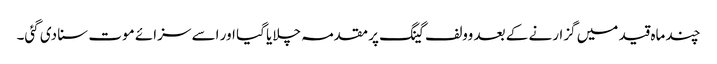
چند ماہ قید میں گزارنے کے بعد وولف گینگ پر مقدمہ چلایا گیا اور اسے سزائے موت سنا دی گئی۔